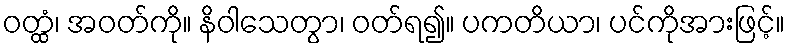
ဝတ္ထံ၊ အဝတ်ကို။ နိဝါသေတွာ၊ ဝတ်ရ၍။ ပကတိယာ၊ ပင်ကိုအားဖြင့်။